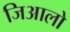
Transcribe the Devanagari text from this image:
जिआलो